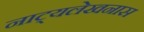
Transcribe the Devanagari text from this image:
नाट्यलेखनास